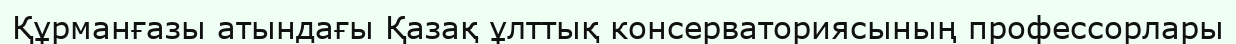
Құрманғазы атындағы Қазақ ұлттық консерваториясының профессорлары